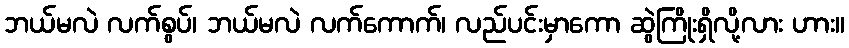
ဘယ်မလဲ လက်စွပ်၊ ဘယ်မလဲ လက်ကောက်၊ လည်ပင်းမှာကော ဆွဲကြိုးရှိလို့လား ဟား။